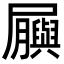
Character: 𫵬